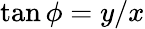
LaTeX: \tan\phi=y/x